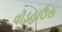
વૉડહાઉસ